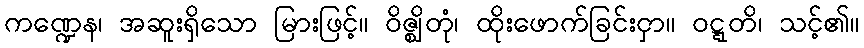
ကဏ္ဍေန၊ အဆူးရှိသော မြားဖြင့်။ ဝိဇ္ဈိတုံ၊ ထိုးဖောက်ခြင်းငှာ။ ဝဋ္ဋတိ၊ သင့်၏။